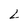
Character: 2